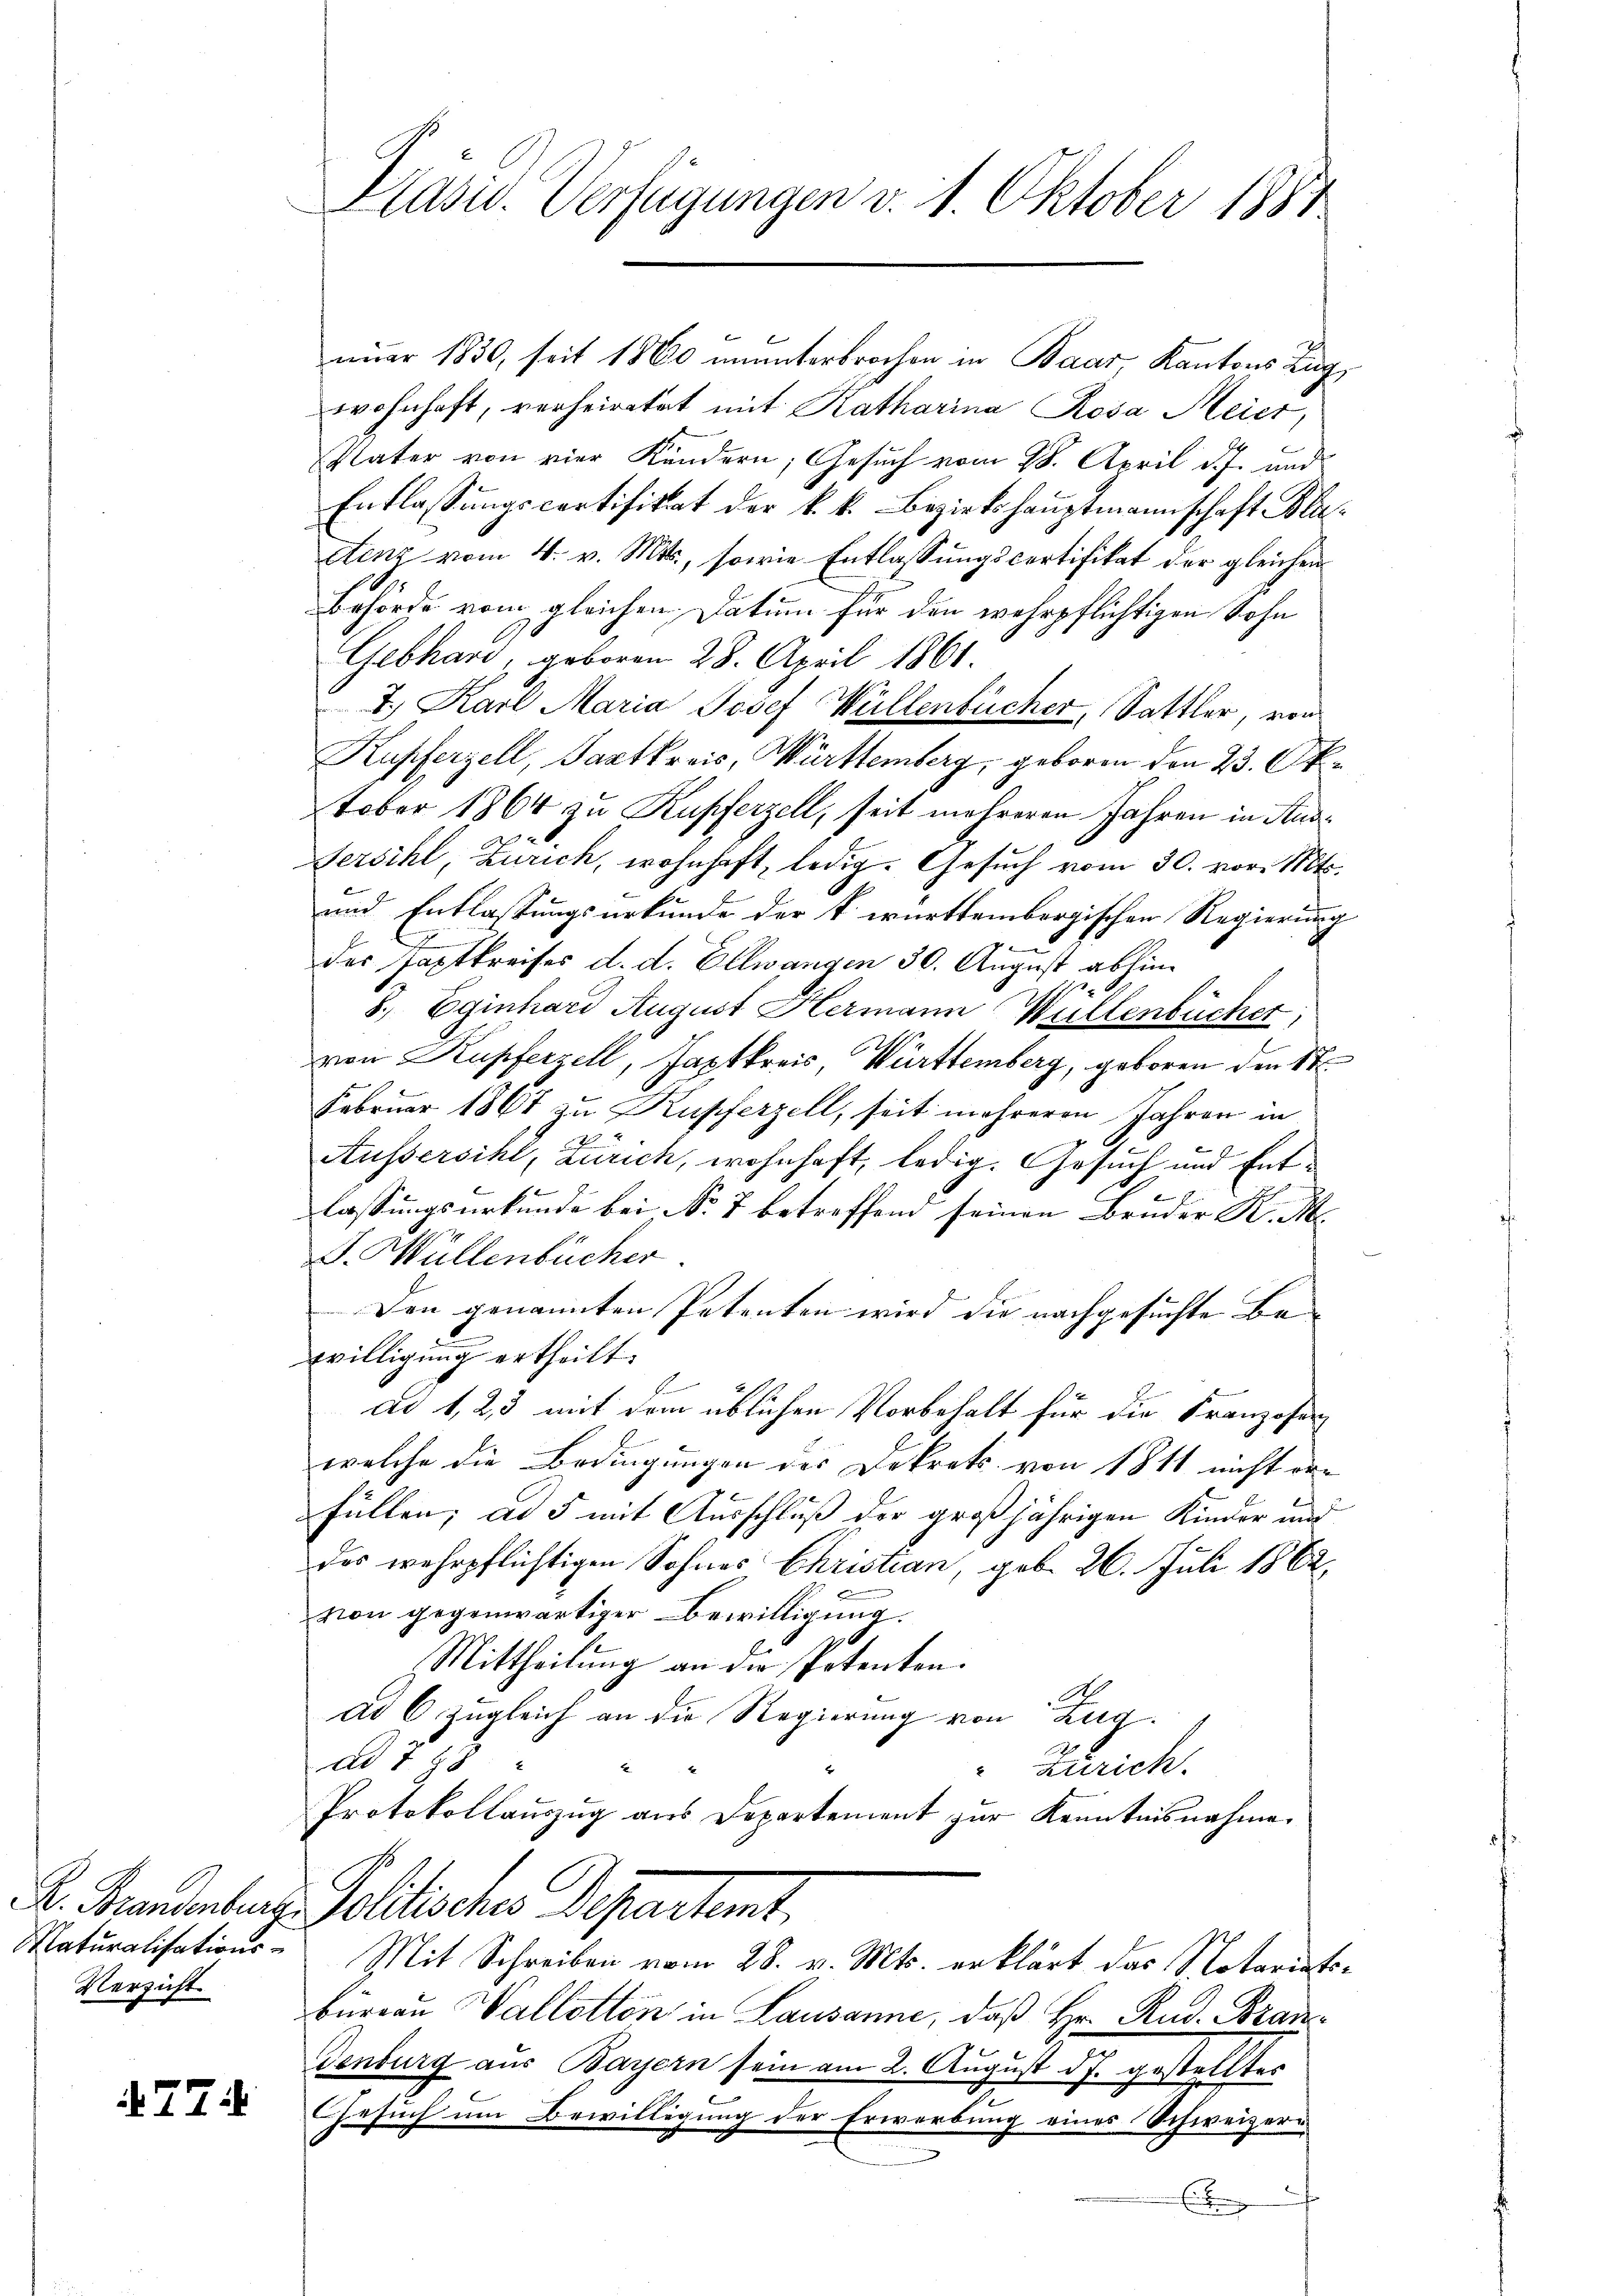
Verzicht

774

Präsid. Verfügungen v. 1. Oktober 1887

nuar 1830, seit 1860 ununterbrochen in Baar, Kantons Zug
wohnhaft, verheiratet mit Katharina Rosa Meier,
Vater von vier Kändern, Gesuch vom 28. April d. J. und
Entlassŭngscortifikat der k.k. Bezirkshauptmannschaft Bla
etenz vom 4. v. Mts., sowie Entlassungscortifikat der gleichen
Behörde vom gleichen Datum für den wehrpflichtigen Sohn
Gebhard, geboren 28. April 1861.
2. Karl Maria Josef Wüllenbücher, Sattler, von
Kupferzell, Saatkreis, Württemberg, geboren den 23. Oktober 1864 zu Kupferzell, seit mehreren Jahren in Aus¬
Fersihl, Zürich, wohnhaft, ledig. Gesuch vom 30. vor. Mts.
und Entlassungsurkunde der k. württembergischen Regierung

des Taptkreises d. d. Ellwangen 30. August abhin¬
8., Eginhard August Hermann Willenbücher;
von Kupferzell, Faptkreis, Württemberg, geboren den St
Februar 1867 zu Kupferzell, seit mehreren Jahren in
.
Äussersihl, Zürich, wohnhaft, ledig. Gesuch und Entlassungsurkunde bei No 7 betreffend seinen Bruder K. M.
. Müllenbücher
Den genannten Petenten wird die nachgesuchte Bewilligung ertheilt.
ad 1, 2, 3 mit dem üblichen Vorbehalt für die Franzosen
welche die Bedingungen des Dekrets von 1811 nicht der
füllen; ad 5 mit Ausschluß der großjährigen Kinder und
des wehrpflichtigen Sohnes Christian, geb. 26. Juli 1862.
von gegenwärtiger Bewilligung.
Mittheilung an die Petenten.
ad 6. zugleich an die Regierung von Zug.
ad 798
Zürich.
Protokollauszug aus Departement zŭr Kenntnisnahme.
K. Granderer Politisches Departet.
Maturalisations- Mit Schreiben vom 28. v. Mts. erklärt das Notariatsbureau allotten in Lausanne, daß Hr. Rud. Bran¬
Genburg aus Bayern sein am 2. August d. J. gestelltes
Gesuch um Bewilligung der Erwerbung eines Schweizer-
.